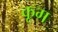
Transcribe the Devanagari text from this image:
कूग